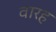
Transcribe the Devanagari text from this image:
वारह